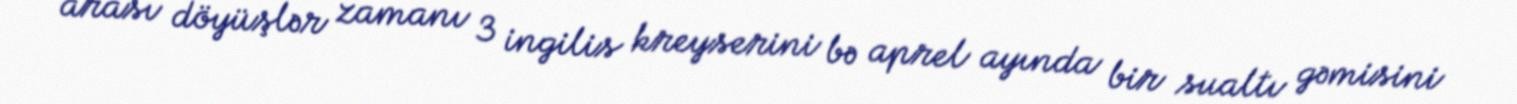
arası döyüşlər zamanı 3 ingilis kreyserini bə aprel ayında bir sualtı gəmisini